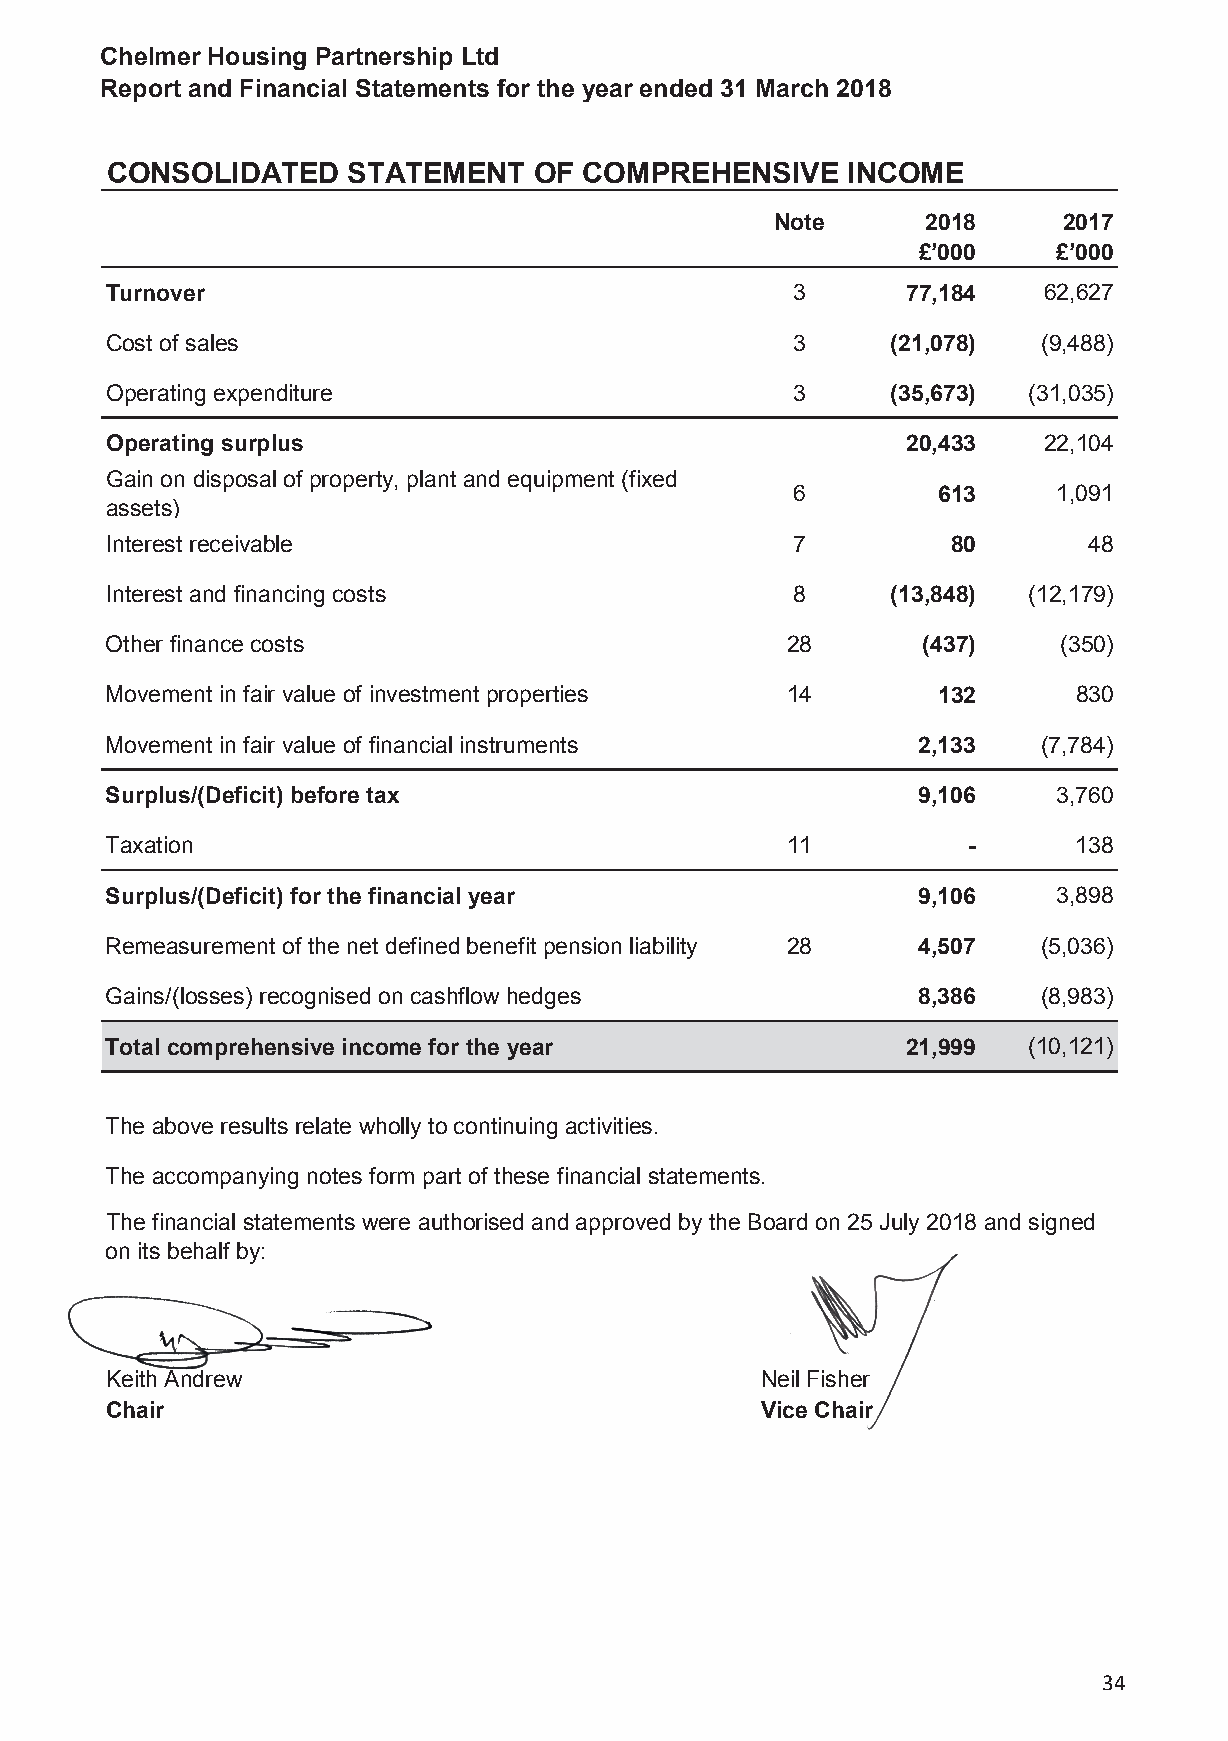
Chelmer Housing Partnership Ltd
 Report and Financial Statements for the year ended 31 March 2018
 CONSOLIDATED    STATEMENT   OF  COMPREHENSIVE    INCOME
 Note      2018     2017
 £’000    £’000
 Turnover                                     3       77,184   62,627
 Cost of sales                                3      (21,078)  (9,488)
 Operating expenditure                        3      (35,673) (31,035)
 Operating surplus                                    20,433   22,104
 Gain on disposal of property, plant and equipment (fixed
 6         613     1,091
 assets)
 Interest receivable                          7          80       48
 Interest and financing costs                 8      (13,848) (12,179)
 Other finance costs                          28       (437)    (350)
 Movement in fair value of investment properties 14     132      830
 Movement in fair value of financial instruments       2,133   (7,784)
 Surplus/(Deficit) before tax                          9,106    3,760
 Taxation                                     11          -      138
 Surplus/(Deficit) for the financial year              9,106    3,898
 Remeasurement of the net defined benefit pension liability 28 4,507 (5,036)
 Gains/(losses) recognised on cashflow hedges          8,386   (8,983)
 Total comprehensive income for the year              21,999  (10,121)
 The above results relate wholly to continuing activities.
 The accompanying notes form part of these financial statements.
 The financial statements were authorised and approved by the Board on 25 July 2018 and signed
 on its behalf by:
 Keith Andrew                               Neil Fisher
 Chair                                      Vice Chair
 34